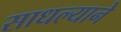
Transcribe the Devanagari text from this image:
साधल्याने